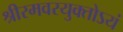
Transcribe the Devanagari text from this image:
श्रीरमवरयुक्‍तोऽयं